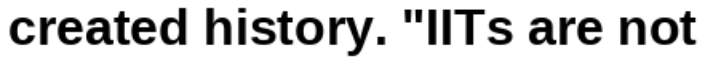
created history. "IITs are not